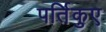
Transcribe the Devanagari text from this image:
पर्तिकुए